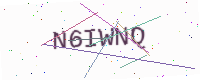
Text: N6IWNQ